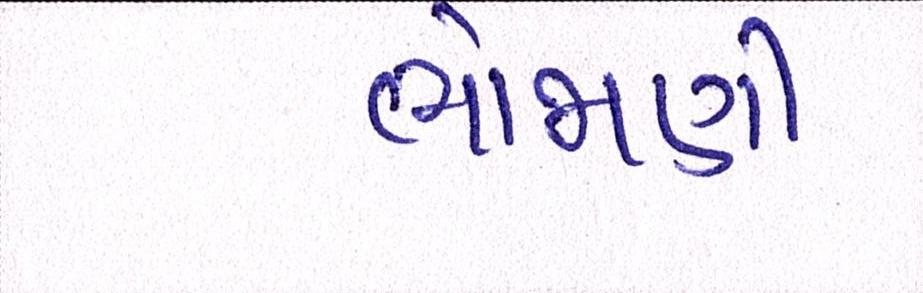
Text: ભોજાણી